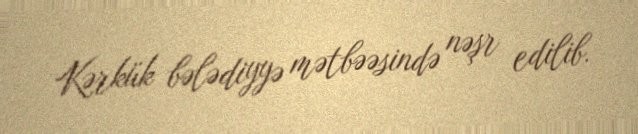
Kərkük bələdiyyə mətbəəsində nəşr edilib.